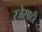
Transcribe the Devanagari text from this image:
रजेसाठी